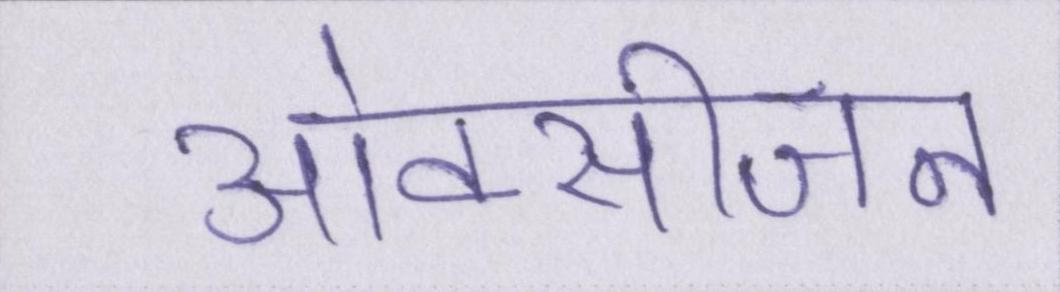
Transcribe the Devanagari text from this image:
ओक्सीजन